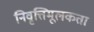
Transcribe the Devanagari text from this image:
निवृत्तिमूलकता